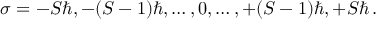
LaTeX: \sigma = - S \hbar , - ( S - 1 ) \hbar , \dots , 0 , \dots , + ( S - 1 ) \hbar , + S \hbar \, .